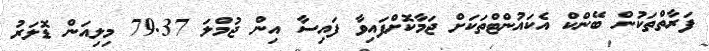
ފަރާތްތަކުން ބޭންކް އެކައުންޓްތަކަށް ޖަމާކޮށްފައިވާ ފައިސާ އިން ޖުމްލަ 79.37 މިލިއަން ޑޮލަރު